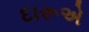
દારૂએ